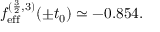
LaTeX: f _ { \mathrm { e f f } } ^ { ( \frac { 3 } { 2 } , 3 ) } ( \pm t _ { 0 } ) \simeq - 0 . 8 5 4 .